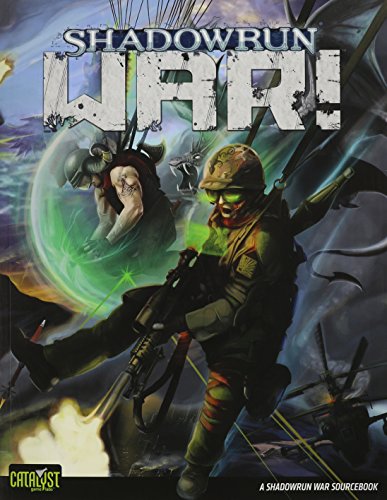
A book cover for War! A Shadowrun Sourcebook; David Hill; Science Fiction & Fantasy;